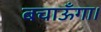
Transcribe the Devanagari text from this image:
बचाऊँगा।